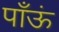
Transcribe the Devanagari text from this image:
पाँऊं